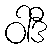
ဝါဒီ